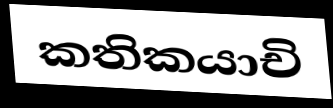
කතිකයාචි